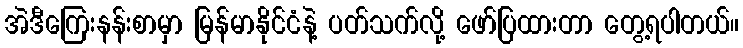
အဲဒီကြေးနန်းစာမှာ မြန်မာနိုင်ငံနဲ့ ပတ်သက်လို့ ဖော်ပြထားတာ တွေ့ရပါတယ်။